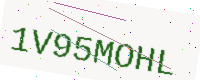
Text: 1V95MOHL